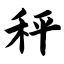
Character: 秤